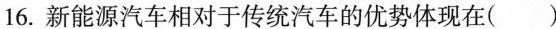
16.新能源汽车相对于传统汽车的优势体现在（ ）